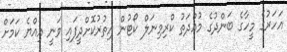
އަހަރުގެ މީހާގެ ބަންދުގެ މުއްދަތު ކްރިމިިނަލް ކޯޓުން އިތުރުކޮށްދީފައި ވަނީ އިއްޔެ ކަމަށް